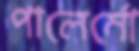
পালের্মো